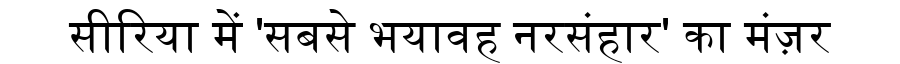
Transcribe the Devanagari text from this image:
सीरिया में 'सबसे भयावह नरसंहार' का मंज़र